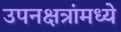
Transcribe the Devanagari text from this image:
उपनक्षत्रांमध्ये